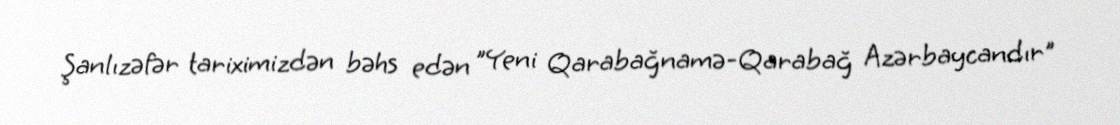
Şanlızəfər tariximizdən bəhs edən "Yeni Qarabağnamə-Qarabağ Azərbaycandır"